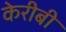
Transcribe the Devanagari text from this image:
केरीबी